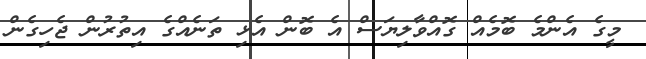
މީގެ އެންމެ ބޮމެއް ގޮއްވާލިޔަސް އެ ބޮން އެޅި ތަނެއްގެ އިތުރުން ޖެހިގެން